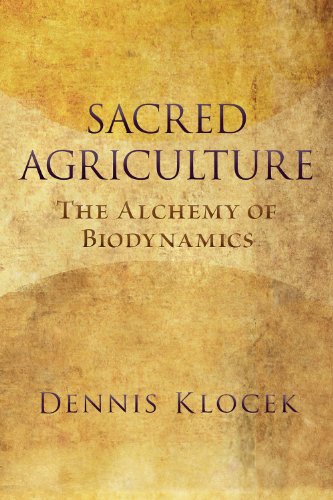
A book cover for Sacred Agriculture: The Alchemy of Biodynamics; Dennis Klocek; Science & Math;